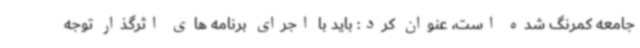
جامعه کمرنگ شده است، عنوان کرد: باید با اجرای برنامه های اثرگذار توجه